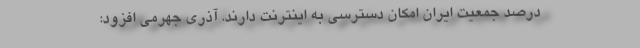
درصد جمعیت ایران امکان دسترسی به اینترنت دارند. آذری جهرمی افزود: